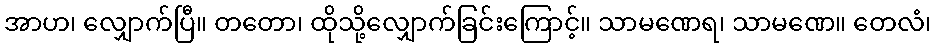
အာဟ၊ လျှောက်ပြီ။ တတော၊ ထိုသို့လျှောက်ခြင်းကြောင့်။ သာမဏေရ၊ သာမဏေ။ တေလံ၊